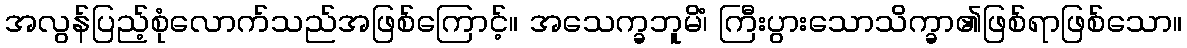
အလွန်ပြည့်စုံလောက်သည်အဖြစ်ကြောင့်။ အသေက္ခဘူမိံ၊ ကြီးပွားသောသိက္ခာ၏ဖြစ်ရာဖြစ်သော။